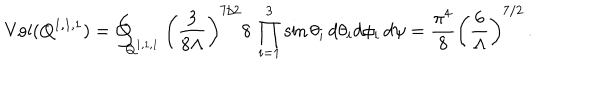
LaTeX: \mathrm { V o l ( Q ^ { 1 , 1 , 1 } ) } = \oint _ { Q ^ { 1 , 1 , 1 } } \left( \frac { 3 } { 8 \Lambda } \right) ^ { 7 / 2 } 8 \, \prod _ { i = 1 } ^ { 3 } \sin \theta _ { i } \, d \theta _ { i } d \phi _ { i } \, d \psi = \frac { \pi ^ { 4 } } { 8 } \left( \frac { 6 } { \Lambda } \right) ^ { 7 / 2 } \, .